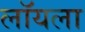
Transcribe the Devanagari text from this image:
लॉयला